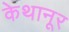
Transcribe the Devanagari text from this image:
केथानूर